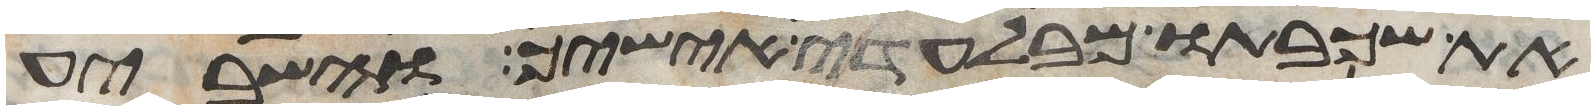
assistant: את שכבתו מבלעדי אישיך והשביע